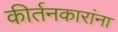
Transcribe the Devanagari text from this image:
कीर्तनकारांना